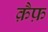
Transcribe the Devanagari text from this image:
क़ैफ़